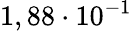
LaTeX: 1,88\cdot 10^{-1}